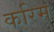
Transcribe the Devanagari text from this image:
करिम